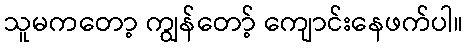
သူမကတော့ ကျွန်တော့် ကျောင်းနေဖက်ပါ။